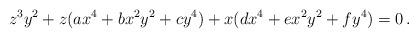
LaTeX: \begin{align*} z^3 y^2 + z(ax^4 + b x^2 y^2 + c y^4) + x(dx^4 + e x^2 y^2 + f y^4) = 0 \, . \end{align*}